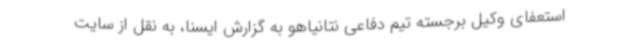
استعفای وکیل برجسته تیم دفاعی نتانیاهو به گزارش ایسنا، به نقل از سایت